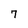
Character: 7